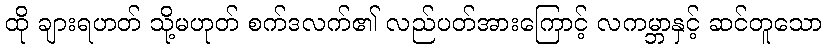
ထို ချားရဟတ် သို့မဟုတ် စက်ဒလက်၏ လည်ပတ်အားကြောင့် လကမ္ဘာနှင့် ဆင်တူသော